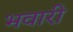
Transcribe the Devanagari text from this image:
भवारी